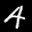
Label: 4